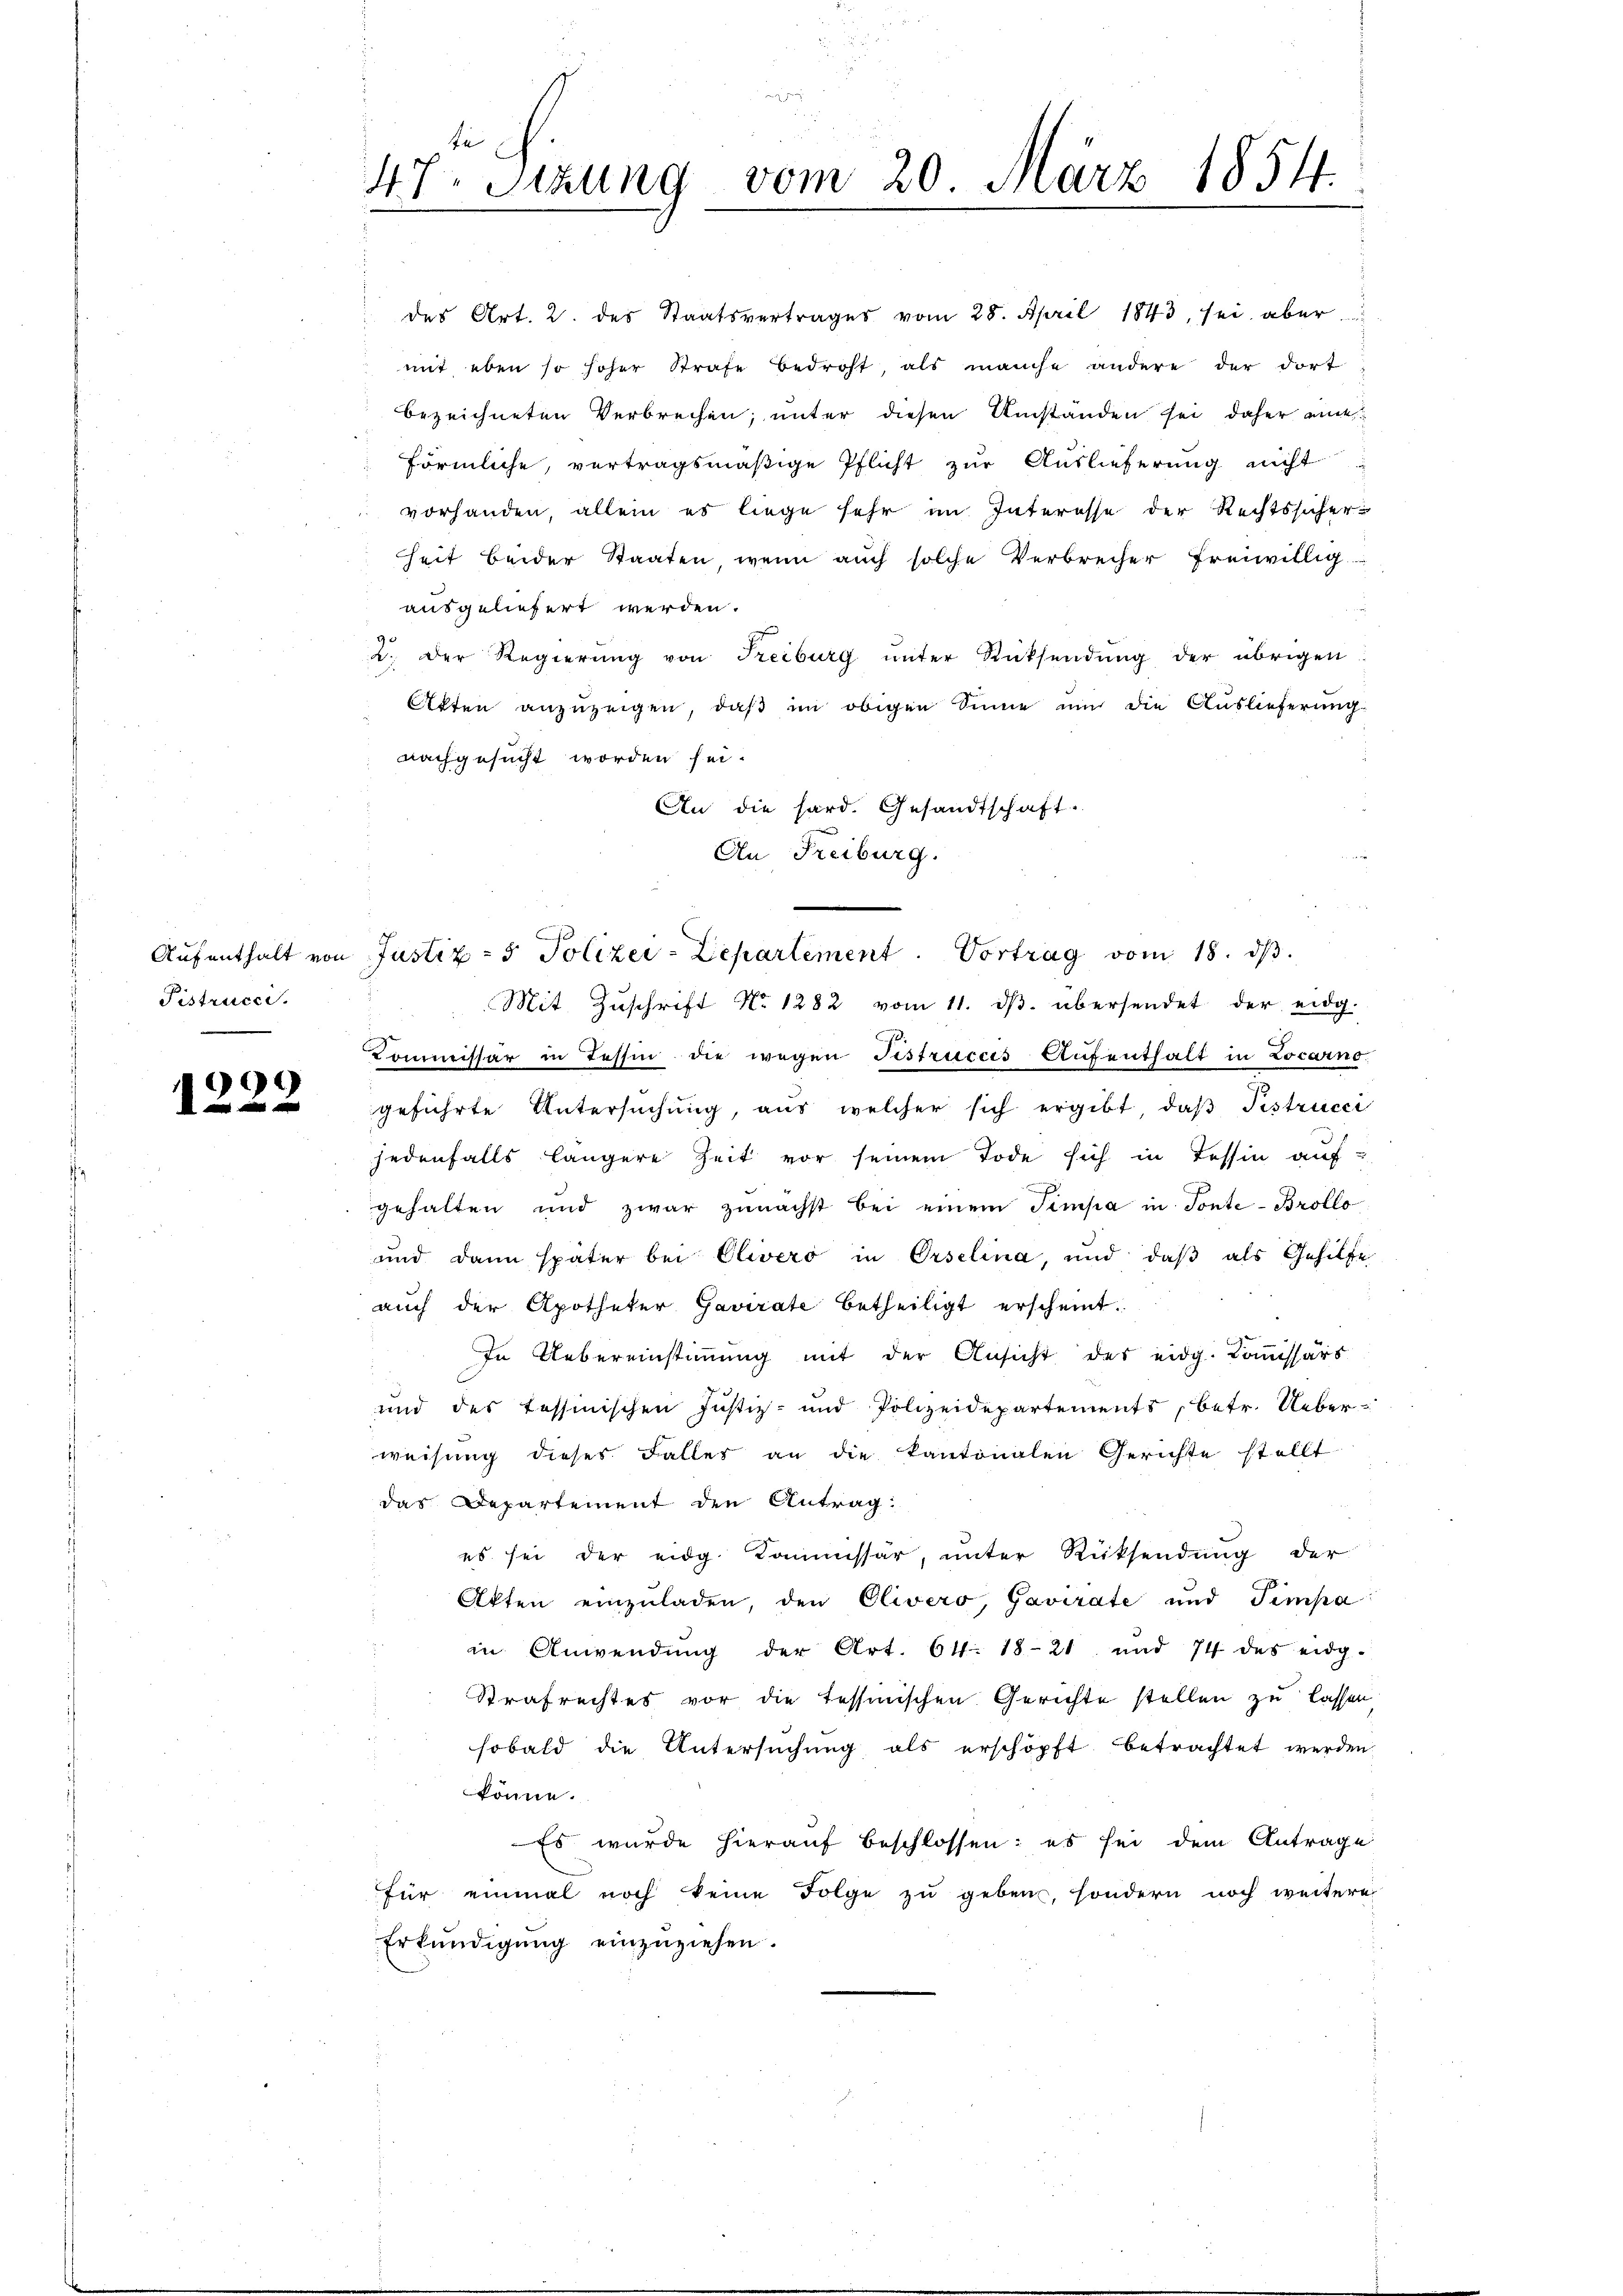
Pistrucci
.

9
0 xx

47ten Sizung vom 20. März 1854.

des Art. 2. des Staatsvertrages vom 28. April 1843, sei aber
mit eben so hoher Strafe bedroht, als manche andere der dort
bezeichneten Verbrechen; unter diesen Umständen sei daher ane
förmliche, vertragsmäßige Pflicht zur Auslieferung nicht
 vorhanden, allein es liege sehr im Interesse der Rechtssicherheit beider Staaten, wenn auch solche Verbrecher freiwillig
ausgeliefert werden.
2. Der Regierung von Freiburg unter Rücksendung der übrigen
Akten anzuzeigen, daβ im obigen Sinne nun die Auslieferung
nachgesucht worden sei.
An die hard. Gesandtschaft.
An Freiburg.
Mit Zŭschrift No 1282 vom 11. dβ übersendet der eidg.
Commissär in Tessin die wegen Fistruccis Aufenthalt in Locarno
geführte Untersŭchŭng, aus welcher sich ergibt, daβ Pistrucci
jedenfalls längere Zeit vor seinem Tode sich in Tessin auf-
.
gehalten und zwar zunächst bei einem Simpa in Tonte-Brollo
und dann später bei Olivero in Orselina, und daß als Gehilfe
auch der Apotheker Gavirate betheiligt erscheint.
In Uebereinstimmung mit der Ansicht des eidg. Kommissärs
und des tessinischen Justiz- und Polizeidepartements, betr. Ueberweisung dieses Falles an die kantonalen Gerichte stellt
das Departement den Antrag:
es sei der eidg. Kommissär, unter Rücksendung der
Atten einzŭladen, den Olivero, Gavirate und Timpa
in Anwendung der Art. 64. 1821 und 74 des eidg.
Strafrechtes vor die Tessinischen Gerichte stellen zu lassen
sobald die Untersŭchŭng als erschöpft, betrachtet werden,
könne.
Es wurde hierauf beschlossen: es sei dem Antrage
für einmal noch keine Folge zu geben, sondern noch weitere
Erkundigung einzuziehen.

Aŭfenthalt von Justiz- & Polizei-Lepartement. Vortrag vom 18. dβ.